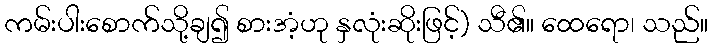
ကမ်းပါးစောက်သို့ချ၍ စားအံ့ဟု နှလုံးဆိုးဖြင့်) သီ၏။ ထေရော၊ သည်။